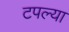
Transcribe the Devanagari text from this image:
टपल्या